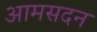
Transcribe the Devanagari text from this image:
आमसदन